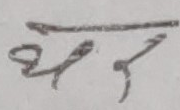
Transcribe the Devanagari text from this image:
यस